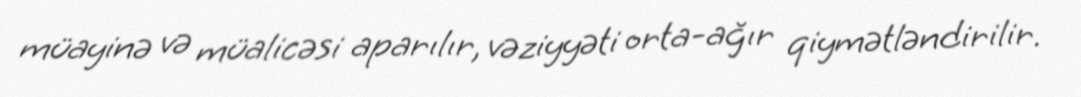
müayinə və müalicəsi aparılır, vəziyyəti orta-ağır qiymətləndirilir.